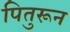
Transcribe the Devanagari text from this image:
पितुरून